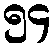
၅၄